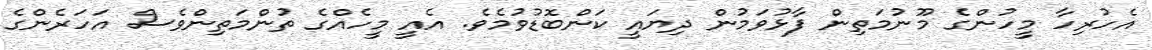
އެހުރިހާ މީހުންގެ މޫނުމަތިން ފާޅުވަމުން ދިޔައީ ކަންބޮޑުވުމެވެ. އެއީ މީހެއްގެ ތުންމަތިންވެސް އަހަރެންގެ